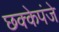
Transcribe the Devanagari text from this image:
छक्केपंजे